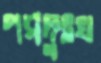
পরদুঃখ